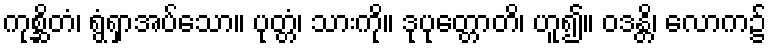
ကုစ္ဆိတံ၊ ရွံရှာအပ်သော။ ပုတ္တံ၊ သားကို။ ဒုပုတ္တောတိ၊ ဟူ၍။ ဝဒန္တိ၊ လောက၌